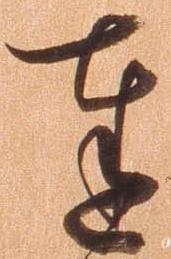
達